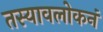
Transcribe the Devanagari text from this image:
तस्यावलोकनं